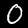
Digit: 0